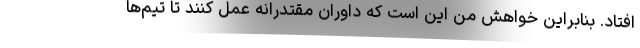
افتاد. بنابراین خواهش من این است که داوران مقتدرانه عمل کنند تا تیم‌ها